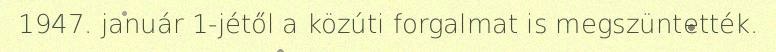
1947. január 1-jétől a közúti forgalmat is megszüntették.